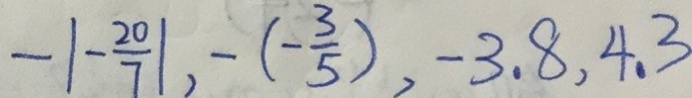
- \vert - \frac { 2 0 } { 7 } \vert , - ( - \frac { 3 } { 5 } ) , - 3 , 8 , 4 , 3